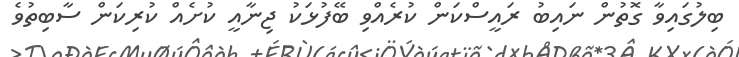
ބިލުގައިވާ ގޮތުން ނައިބު ރައީސްކަން ކުރެއްވި ބޭފުޅަކު ޖިނާއީ ކުށެއް ކުރިކަން ސާބިތުވެ